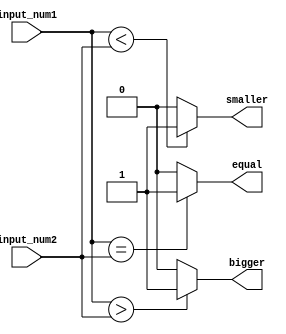
module inequality_comparator(
    input [7:0] input_num1,
    input [7:0] input_num2,
    output bigger,
    output smaller,
    output equal
);

assign bigger = (input_num1 > input_num2) ? 1'b1 : 1'b0;
assign smaller = (input_num1 < input_num2) ? 1'b1 : 1'b0;
assign equal = (input_num1 == input_num2) ? 1'b1 : 1'b0;

endmodule